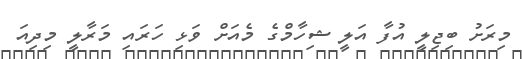
މިރަށު ބިޖިލީ އުފާ އަލީ ޝިހާމްގެ މެއަށް ވަޅި ހަރައި މަރާލީ މިދިއަ